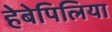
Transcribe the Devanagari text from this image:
हेबेपिलिया